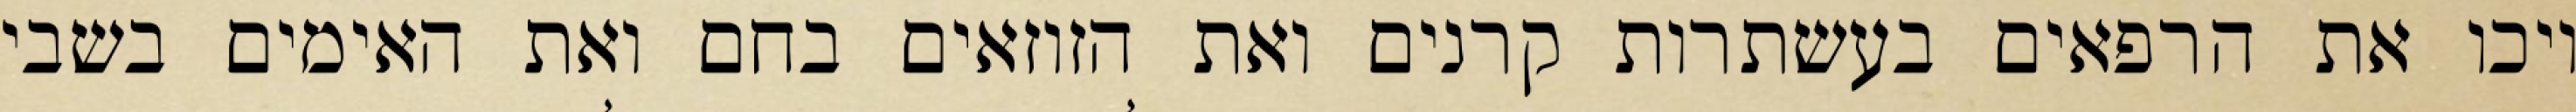
ויכו את הרפאים בעשתרות קרנים ואת הזוזאים בחם ואת האימים בשבי